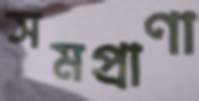
সমপ্রাণা